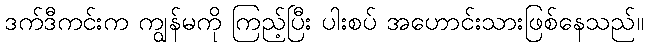
ဒက်ဒီကင်းက ကျွန်မကို ကြည့်ပြီး ပါးစပ် အဟောင်းသားဖြစ်နေသည်။